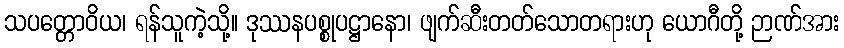
သပတ္တောဝိယ၊ ရန်သူကဲ့သို့။ ဒုဿနပစ္စုပဋ္ဌာနော၊ ဖျက်ဆီးတတ်သောတရားဟု ယောဂီတို့ ဉာဏ်အား